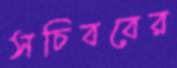
সচিববের